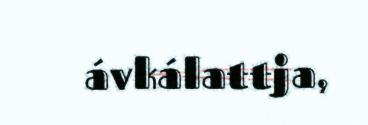
ávkálattja,